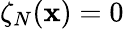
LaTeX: \zeta_{N}(\mathbf{x})=0